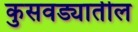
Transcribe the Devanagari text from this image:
कुसवड्यातील